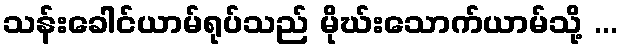
သန်းခေါင်ယာမ်ရုပ်သည် မိုဃ်းသောက်ယာမ်သို့ ...